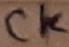
Text: CK